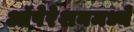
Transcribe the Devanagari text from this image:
ऑपेरेशनमध्ये